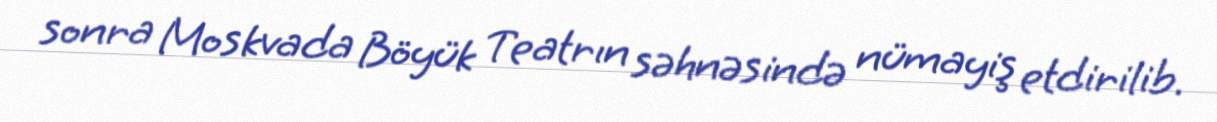
sonra Moskvada Böyük Teatrın səhnəsində nümayiş etdirilib.